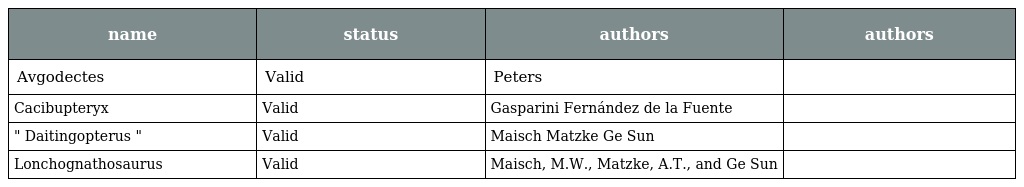
| name | status | authors | authors |
 | --- | --- | --- | --- |
 | Avgodectes | Valid | Peters |  |
 | Cacibupteryx | Valid | Gasparini Fernández de la Fuente |  |
 | " Daitingopterus " | Valid | Maisch Matzke Ge Sun |  |
 | Lonchognathosaurus | Valid | Maisch, M.W., Matzke, A.T., and Ge Sun |  |